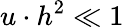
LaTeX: u\cdot h^{2}\ll 1